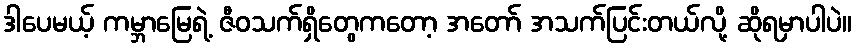
ဒါပေမယ့် ကမ္ဘာမြေရဲ့ ဇီဝသက်ရှိတွေကတော့ အတော် အသက်ပြင်းတယ်လို့ ဆိုရမှာပါပဲ။